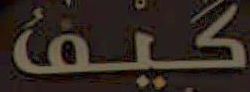
كيف